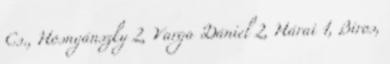
Cs., Hosnyánszky 2, Varga Dániel 2, Hárai 1, Biros,